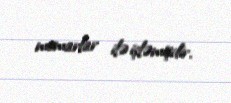
memarlar ilə işləmişdir.